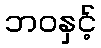
ဘဝနှင့်